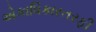
એકાધિકારતરફી